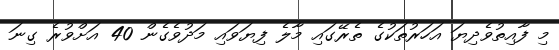
މި ފާއިތުވެދިޔަ އަހަރުތަކުގެ ތެރޭގައި މާލެ ފިޔަވައި މަދުވެގެން 40 އަށްވުރެ ގިނަ